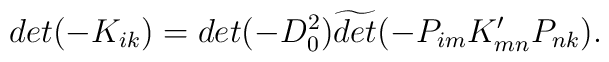
det (-K_{ik}) = det (-D^2_0) \widetilde{det} (-P_{im} K'_{mn} P_{nk}).